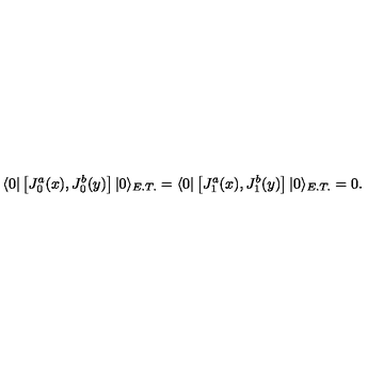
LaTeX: \langle 0 | \left[ J _ { 0 } ^ { a } ( x ) , J _ { 0 } ^ { b } ( y ) \right] | 0 \rangle _ { E . T . } = \langle 0 | \left[ J _ { 1 } ^ { a } ( x ) , J _ { 1 } ^ { b } ( y ) \right] | 0 \rangle _ { E . T . } = 0 .